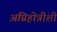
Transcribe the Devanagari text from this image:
अग्निहोत्रीशी